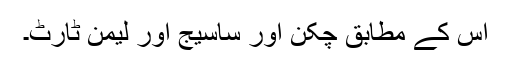
اس کے مطابق چکن اور ساسیج اور لیمن ٹارٹ۔